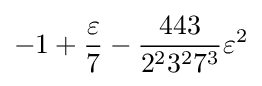
-1+{\frac {\varepsilon }{7}}-{\frac {443}{2^{2}3^{2}7^{3}}}\varepsilon ^{2}